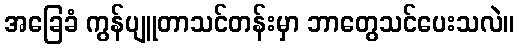
အခြေခံ ကွန်ပျူတာသင်တန်းမှာ ဘာတွေသင်ပေးသလဲ။